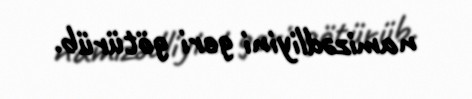
namizədliyini geri götürüb.